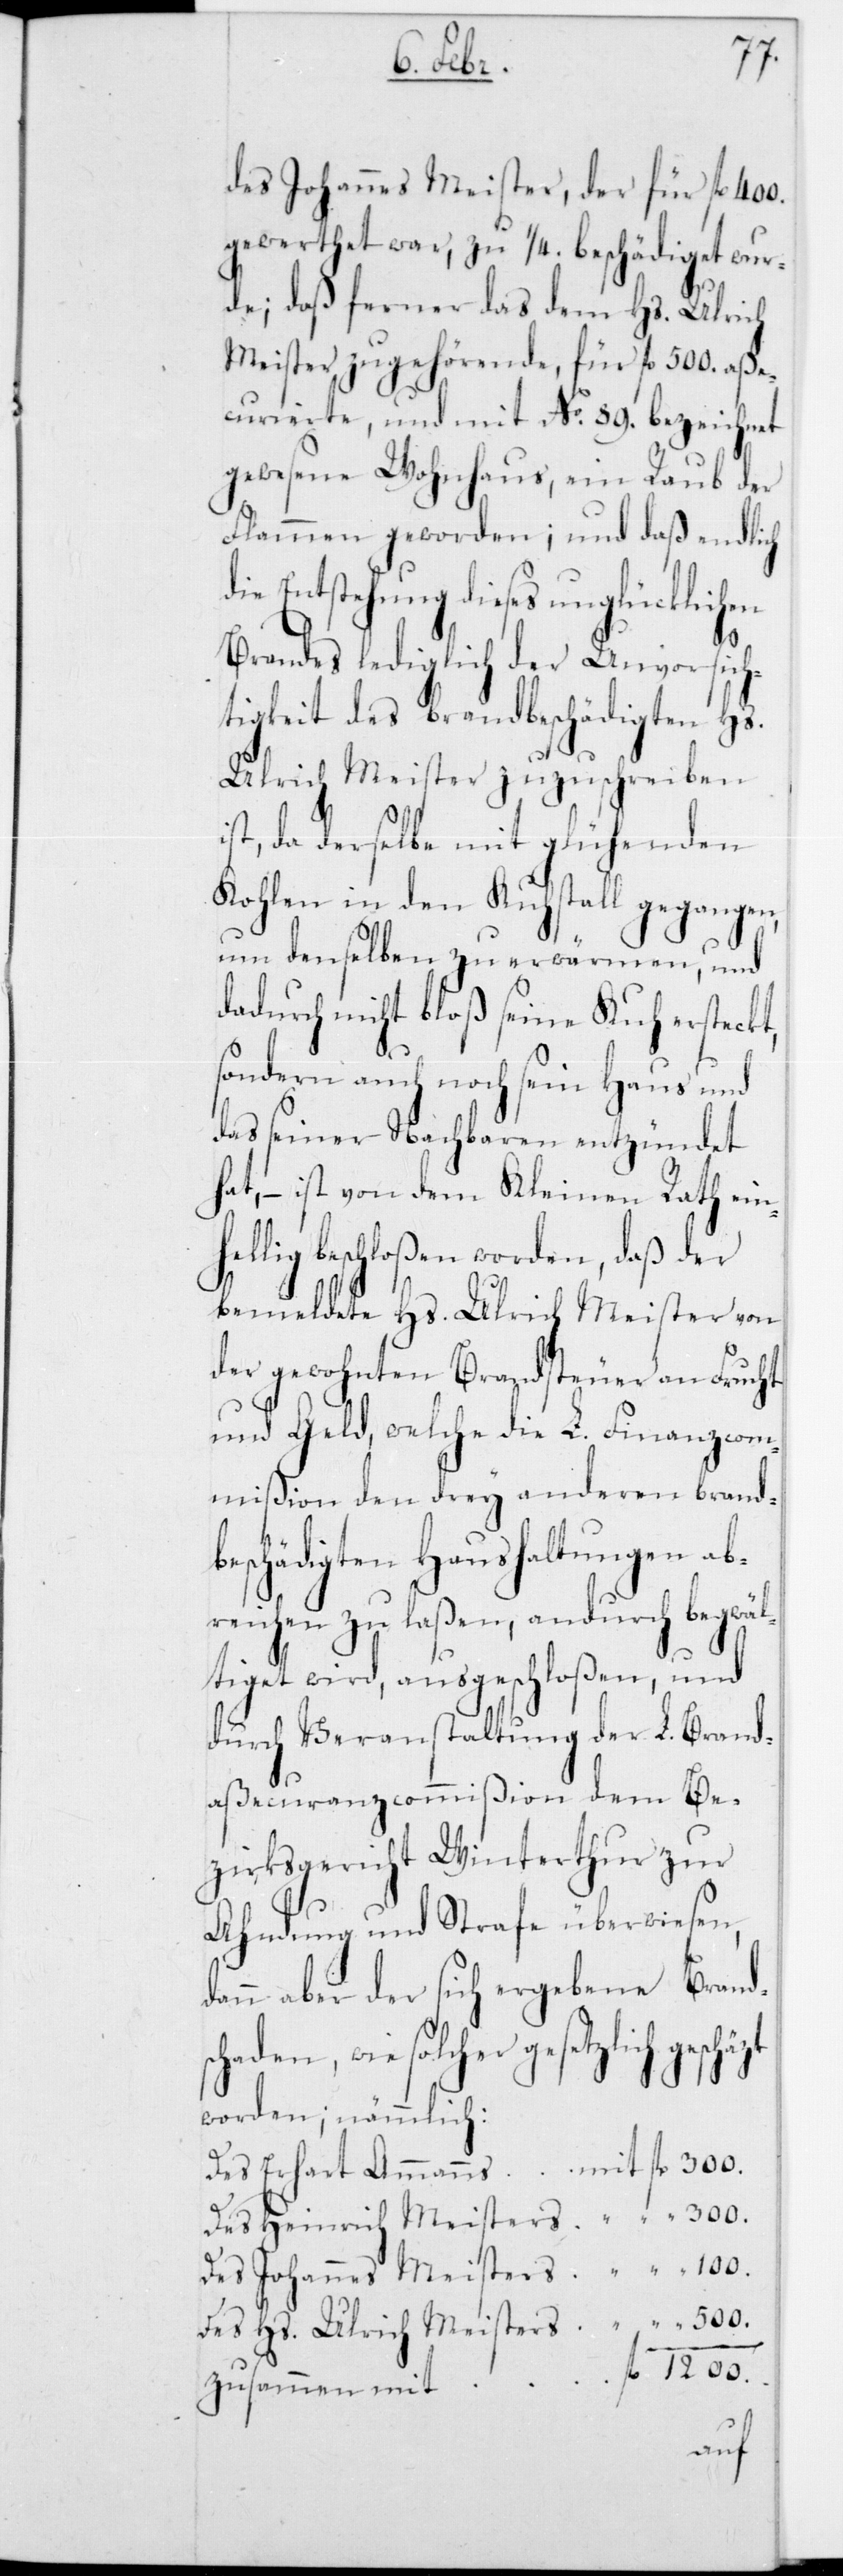
des Johannes Meister, der für fl.
gewerthet war, zu 1/4 beschädiget wur¬
de; daß ferner das dem Hs. Ulrich
Meister zugehörende, für fl. 500 aße¬
curierte und mit No 89 bezeichnet
gewesene Wohnhaus, ein Raub der
Flammen geworden; und daß endlich
ie Entstehung dieses unglücklichen
Brandes lediglich der Unvorsich¬
tigkeit des brandbeschädigten Hs.
Ulrich Meister zuzuschreiben
ist, da derselbe mit glühenden
Kohlen in den Kuhstall gegangen,
um denselben zu erwärmen und
dadurch nicht bloß seine Kuh ersteckt
sondern auch noch sein Haus und
das seiner Nachbaren entzündet
hat, – ist von dem Kleinen Rath ein¬
hellig beschloßen worden, daß der
bemeldete Hs. Ulrich Meister von
der gewohnten Brandsteuer an Frucht
und Geld, welche die L. Finanzcom¬
mißion den drey anderen brand¬
beschädigten Haushaltungen ab¬
reichen zu laßen, andurch begwäl¬
tiget wird, ausgeschloßen, und
durch Veranstaltung der L. Brand¬
aßecuranzcommißion dem Be¬
zirksgericht Winterthur zur
Ahndung und Strafe überwiesen,
dann aber der sich ergebene Brand¬
haden, wie solcher gesetzlich
worden; nämmlich:
500.
Des Heinrich Meisters
Des Hs. Ulrich Meisters